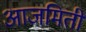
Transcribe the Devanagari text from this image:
आजमिती